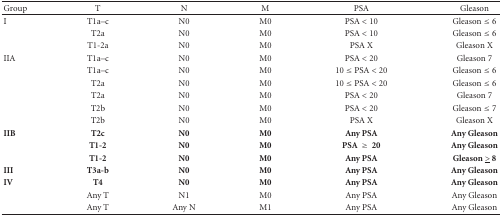
| Group | T | N | M | PSA | Gleason |
 | --- | --- | --- | --- | --- | --- |
 | I | T1a–c | N0 | M0 | PSA < 10 | Gleason ≤ 6 |
 |  | T2a | N0 | M0 | PSA < 10 | Gleason ≤ 6 |
 |  | T1-2a | N0 | M0 | PSA X | Gleason X |
 | IIA | T1a–c | N0 | M0 | PSA < 20 | Gleason 7 |
 |  | T1a–c | N0 | M0 | 10 ≤ PSA < 20 | Gleason ≤ 6 |
 |  | T2a | N0 | M0 | 10 ≤ PSA < 20 | Gleason ≤ 6 |
 |  | T2a | N0 | M0 | PSA < 20 | Gleason 7 |
 |  | T2b | N0 | M0 | PSA < 20 | Gleason ≤ 7 |
 |  | T2b | N0 | M0 | PSA X | Gleason X |
 | IIB | T2c | N0 | M0 | Any PSA | Any Gleason |
 |  | T1-2 | N0 | M0 | PSA ≥ 20 | Any Gleason |
 |  | T1-2 | N0 | M0 | Any PSA | Gleason <underline>></underline> 8 |
 | III | T3a-b | N0 | M0 | Any PSA | Any Gleason |
 | IV | T4 | N0 | M0 | Any PSA | Any Gleason |
 |  | Any T | N1 | M0 | Any PSA | Any Gleason |
 |  | Any T | Any N | M1 | Any PSA | Any Gleason |